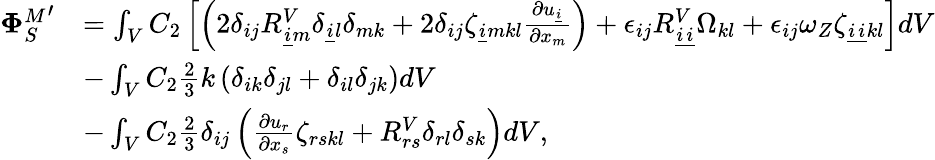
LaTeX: \begin{array}{rl}{{\mathbf{\Phi}_{S}^{M}}^{\prime}}&{=\int_{V}C_{2}\left[\left(2\delta_{ij}R_{\underline{{i}}m}^{V}\delta_{\underline{{i}}l}\delta_{mk}+2\delta_{ij}\zeta_{\underline{{i}}mkl}\frac{\partial u_{\underline{{i}}}}{\partial x_{m}}\right)+\epsilon_{ij}R_{\underline{{i}}\underline{{i}}}^{V}\Omega_{kl}+\epsilon_{ij}\omega_{Z}\zeta_{\underline{{i}}\underline{{i}}kl}\right]dV}\\ &{-\int_{V}C_{2}\frac{2}{3}k\left(\delta_{ik}\delta_{jl}+\delta_{il}\delta_{jk}\right)dV}\\ &{-\int_{V}C_{2}\frac{2}{3}\delta_{ij}\left(\frac{\partial u_{r}}{\partial x_{s}}\zeta_{rskl}+R_{rs}^{V}\delta_{rl}\delta_{sk}\right)dV,}\end{array}